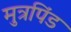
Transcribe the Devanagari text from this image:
मुत्रपिंड